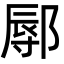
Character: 鄏